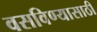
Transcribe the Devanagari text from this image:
वसविण्यासाठी